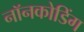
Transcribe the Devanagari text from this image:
नॉनकोडिंग